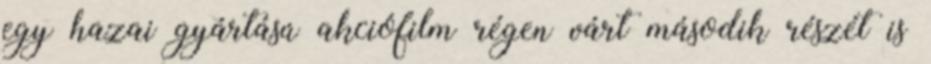
egy hazai gyártású akciófilm régen várt második részét is